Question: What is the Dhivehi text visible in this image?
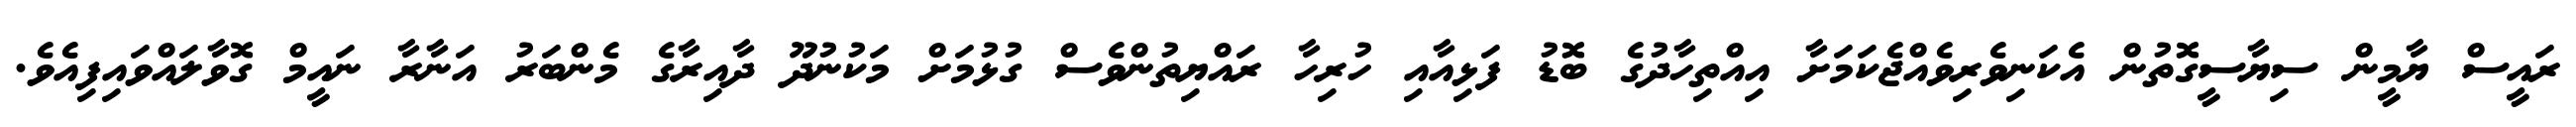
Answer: ރައީސް ޔާމީން ސިޔާސީގޮތުން އެކަނިވެރިވެއްޖެކަމަށާ އިއްތިހާދުގެ ބޮޑު ފަޅިއާއި ހުރިހާ ރައްޔިތުންވެސް ގުޅުމަށް މަކުނުދޫ ދާއިރާގެ މެންބަރު އަނާރާ ނައީމް ގޮވާލައްވައިފިއެވެ.